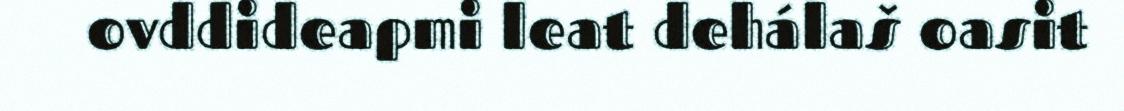
ovddideapmi leat dehálaš oasit